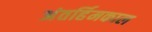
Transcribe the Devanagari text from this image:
अंतर्हिमकाल